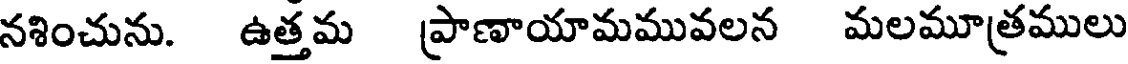
నశించును. ఉత్తమ ప్రాణాయామమువలన మలమూత్రములు